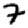
Digit: 7